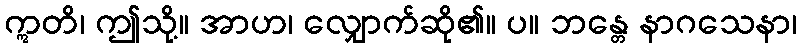
ဣတိ၊ ဤသို့။ အာဟ၊ လျှောက်ဆို၏။ ပ။ ဘန္တေ နာဂသေနာ၊